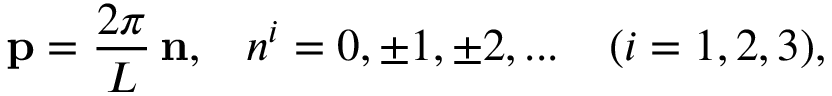
{ \bf p } = \frac { 2 \pi } { L } \, { \bf n } , \; \; \; n ^ { i } = 0 , \pm 1 , \pm 2 , . . . \; \; \; \; ( i = 1 , 2 , 3 ) ,